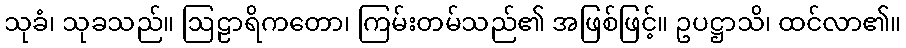
သုခံ၊ သုခသည်။ ဩဠာရိကတော၊ ကြမ်းတမ်သည်၏ အဖြစ်ဖြင့်။ ဥပဋ္ဌာသိ၊ ထင်လာ၏။